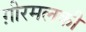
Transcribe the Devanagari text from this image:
ग़ीरमलकी